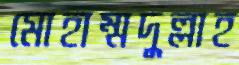
মোহাম্মদুল্লাহ